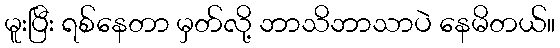
မူးပြီး ရစ်နေတာ မှတ်လို့ ဘာသိဘာသာပဲ နေမိတယ်။